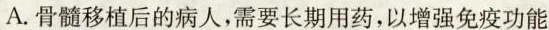
A.骨髓移植后的病人，需要长期用药，以增强免疫功能